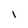
Character: i